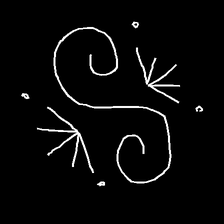
Glyph: aeroform